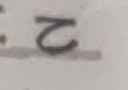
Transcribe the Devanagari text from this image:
२